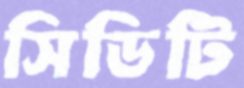
সিডিটি